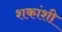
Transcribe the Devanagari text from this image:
शकांशी